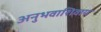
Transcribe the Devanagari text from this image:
अनुभवाशिवाय